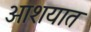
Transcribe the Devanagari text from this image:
आशयात